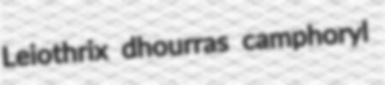
Leiothrix dhourras camphoryl